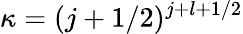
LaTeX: \kappa=(j+1/2)^{j+l+1/2}